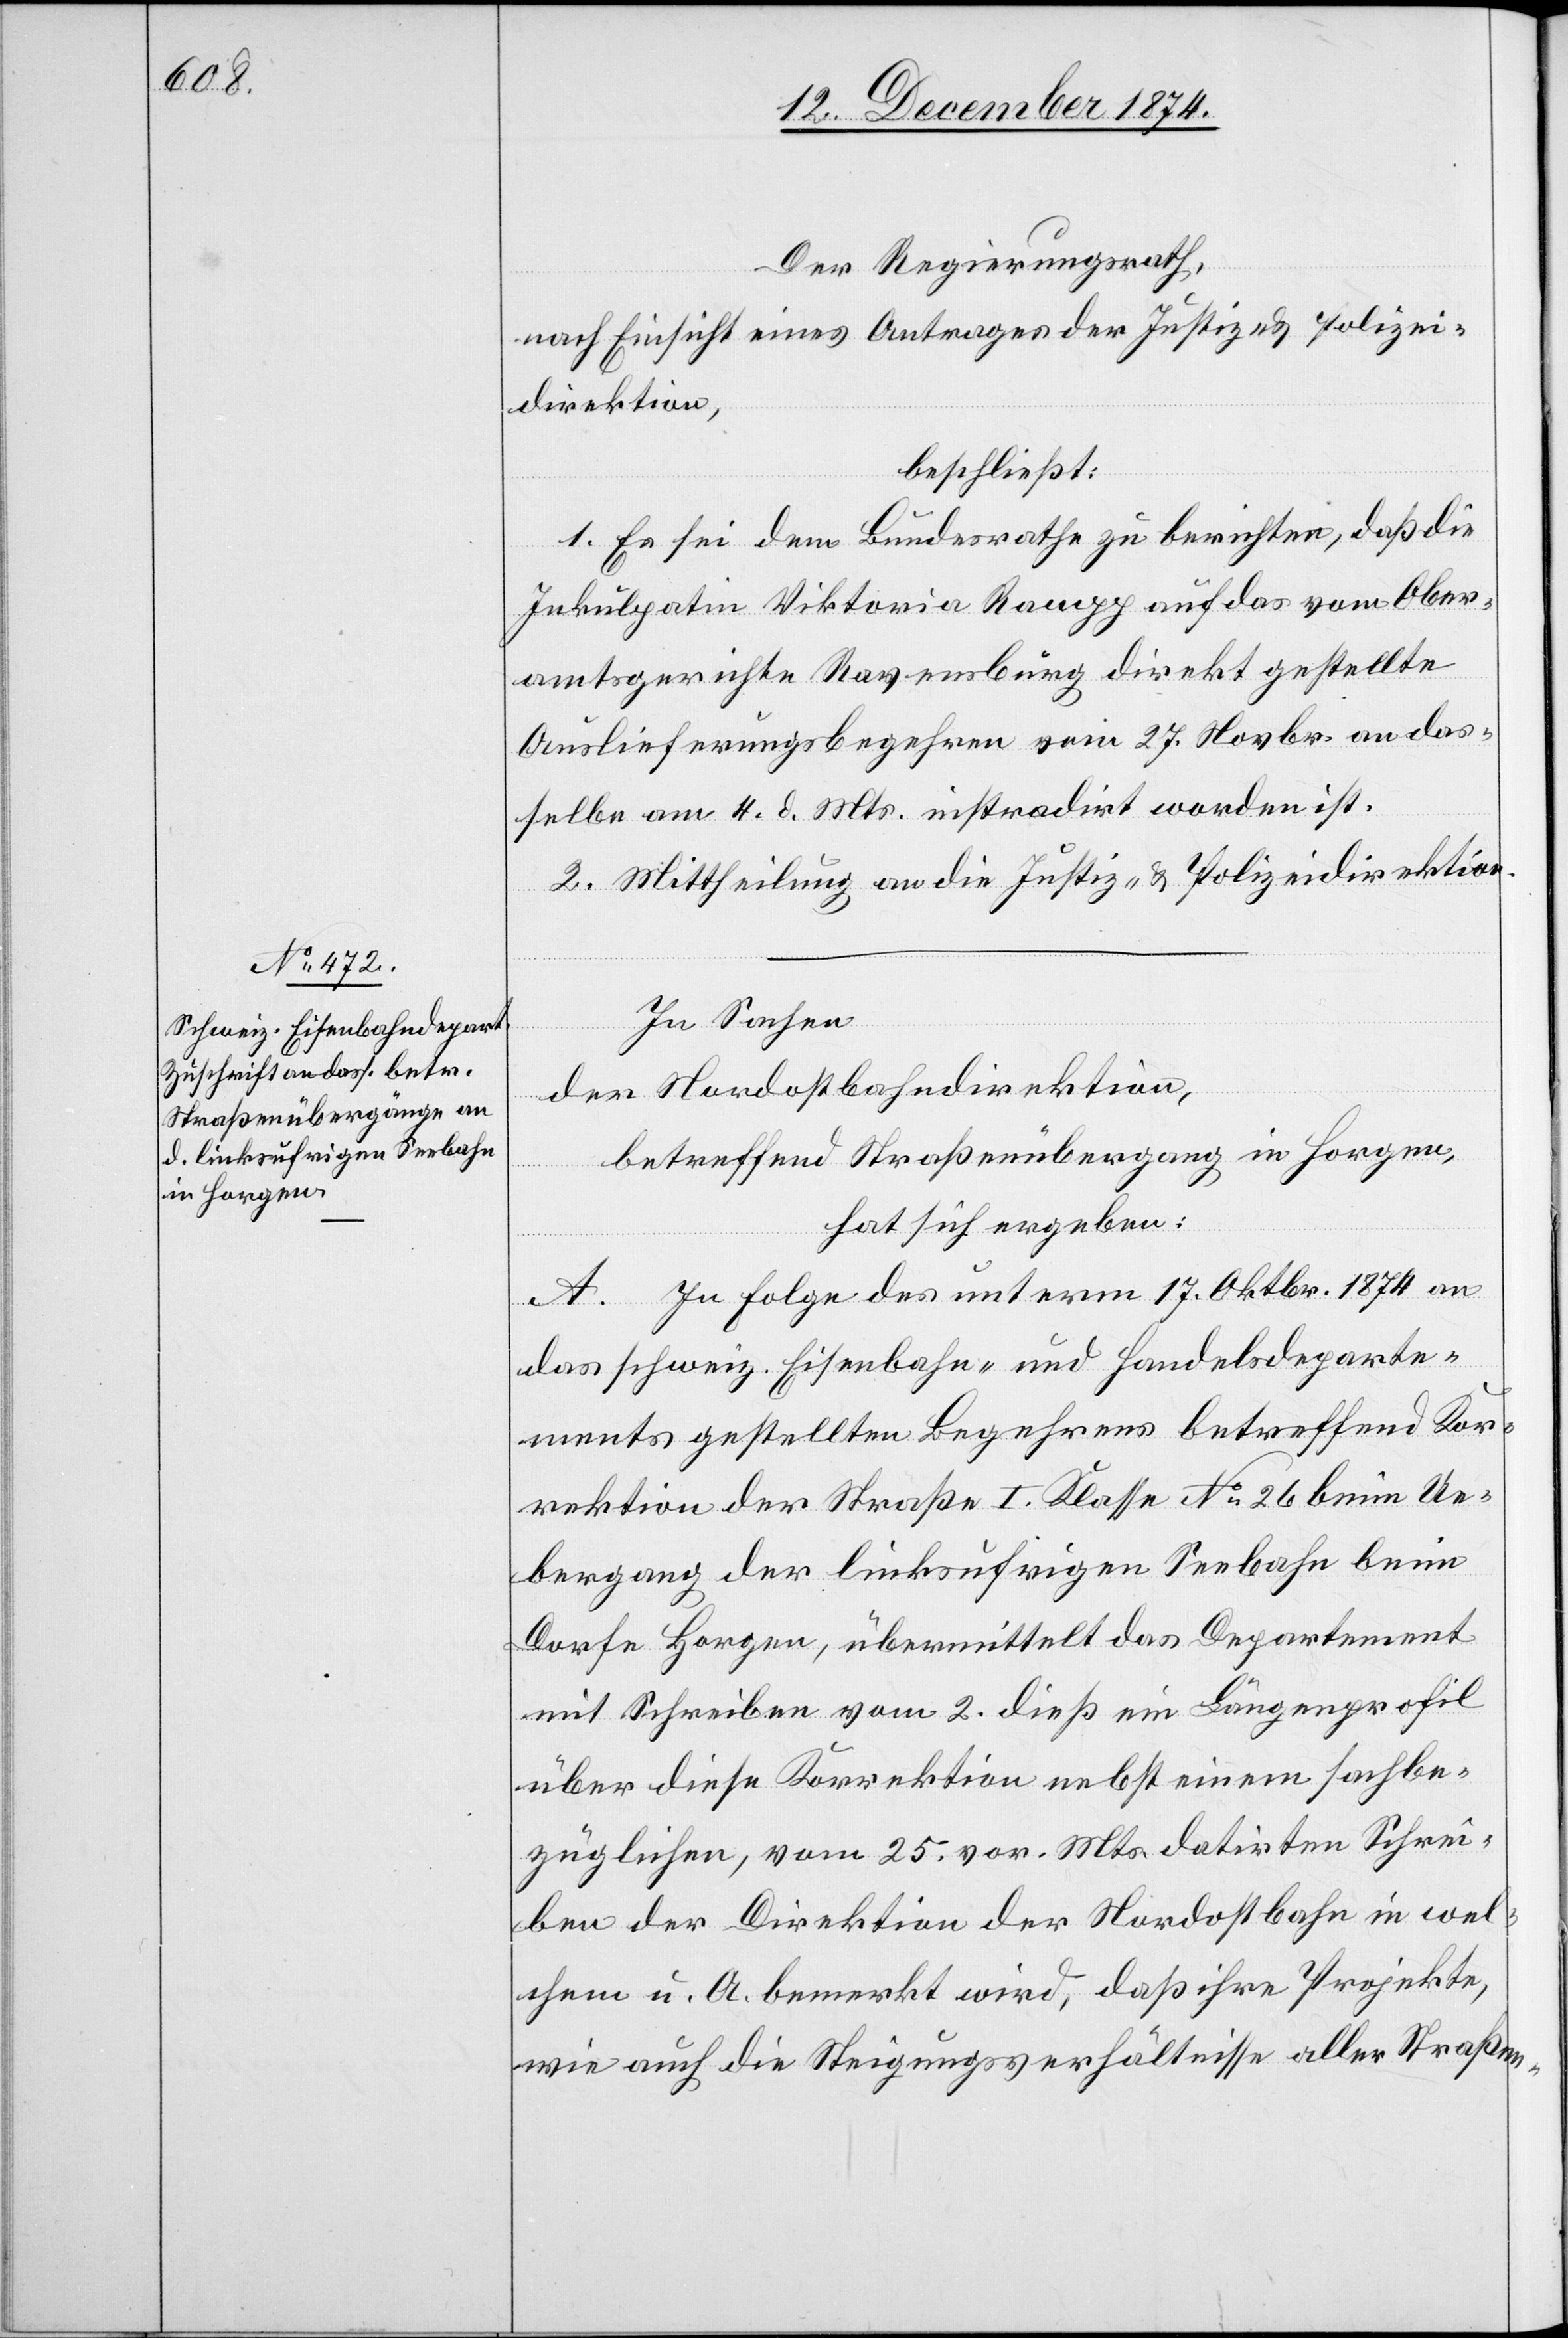
Der Regierungsrath,
nach Einsicht eines Antrages der Justiz- & Polizei¬
direktion,
beschließt:
1. Es sei dem Bundesrathe zu berichten, daß die
Inkulpatin Viktoria Rampp auf das vom Ober¬
amtsgerichte Ravensburg direkt gestellte
Auslieferungsbegehren vom 27. Novbr. an das¬
selbe am 11. d. Mts. instradirt worden ist.
2. Mittheilung an die Justiz- & Polizeidirektion.
In Sachen
der Nordostbahndirektion,
betreffend Straßenübergang in Horgen,
hat sich ergeben:
A. In Folge des unterm 17. Oktbr. 1874 an
das schweiz. Eisenbahn- und Handelsdeparte¬
ments gestellten Begehrens betreffend Kor¬
rektion der Straße I. Klasse No 26 beim Ue¬
bergang der linksufrigen Seebahn beim
Dorfe Horgen, übermittelt das Departement
mit Schreiben vom 2. dieß ein Längenprofil
über diese Korrektion nebst einem sachbe¬
züglichen, vom 25. vor. Mts. datirten Schrei¬
ben der Direktion der Nordostbahn in wel¬
chem u. A. bemerkt wird, daß ihre Projekte,
wie auch die Steigungsverhältnisse aller Straßen-